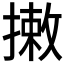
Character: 𢳯